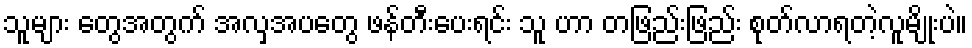
သူများ တွေအတွက် အလှအပတွေ ဖန်တီးပေးရင်း သူ ဟာ တဖြည်းဖြည်း စုတ်လာရတဲ့လူမျိုးပဲ။